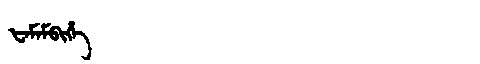
Manchu: ᡶᠠᠮᠠᠮᠪᡳᡥᡝ
Romanization: FAMAMBIHE